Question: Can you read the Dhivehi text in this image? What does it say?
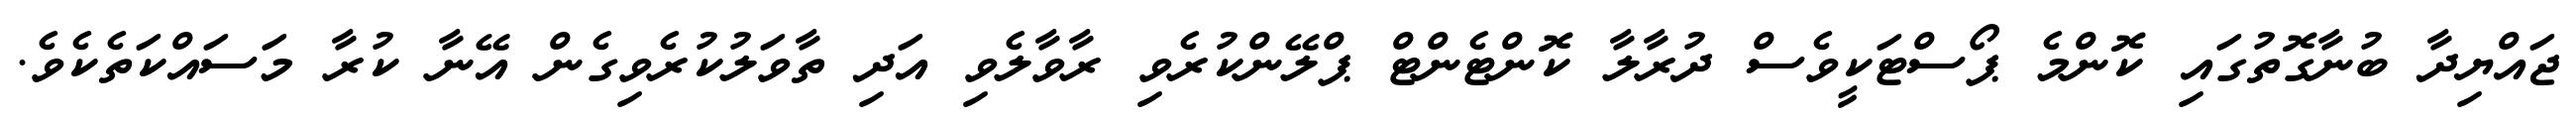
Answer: ޖައްޔިދާ ބުނާގޮތުގައި ކޮންމެ ޕޯސްޓަކީވެސް ދުރާލާ ކޮންޓެންޓް ޕްލޭންކުރެވި ރާވާލެވި އަދި ތާވަލުކުރެވިގެން އޭނާ ކުރާ މަސައްކަތެކެވެ.